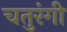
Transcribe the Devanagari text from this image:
चतुरंगी